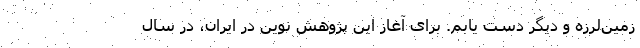
زمین‌لرزه و دیگر دست یابم. برای آغاز این پژوهش نوین در ایران، در سال